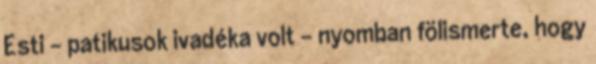
Esti – patikusok ivadéka volt – nyomban fölismerte, hogy